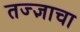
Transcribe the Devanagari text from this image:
तज्‍ज्ञाचा